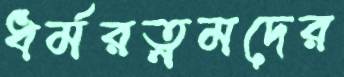
ধর্মরত্নমদের